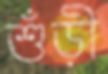
শুঁড়ী